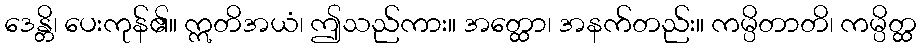
ဒေန္တိ၊ ပေးကုန်၏။ ဣတိအယံ၊ ဤသည်ကား။ အတ္ထော၊ အနက်တည်း။ ကမ္ပိတာတိ၊ ကမ္ပိတ္ထ